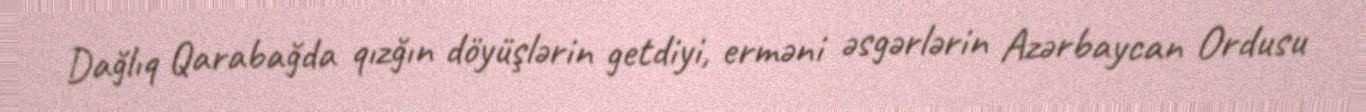
Dağlıq Qarabağda qızğın döyüşlərin getdiyi, erməni əsgərlərin Azərbaycan Ordusu